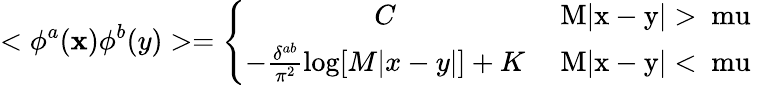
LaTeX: <\phi^{a}(\mathbf{x})\phi^{b}(y)>=\left\{ \begin{array}{cc}{{C}}&{{\mathrm{~M|x-y|>\ mu~}}}\\ {{-\frac{\delta^{ab}}{\pi^{2}}\log[M|x-y|]+K}}&{{\mathrm{~M|x-y|<\ mu~}}}\end{array}\right.